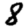
Digit: 8